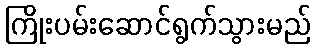
ကြိုးပမ်းဆောင်ရွက်သွားမည်